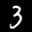
Label: 3